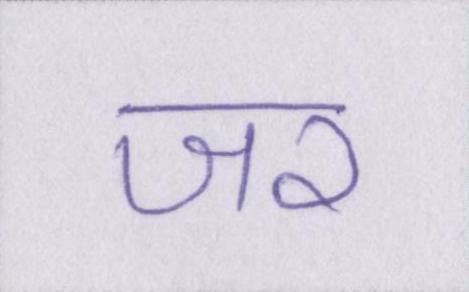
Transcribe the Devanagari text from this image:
जर